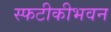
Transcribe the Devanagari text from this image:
स्फटीकीभवन